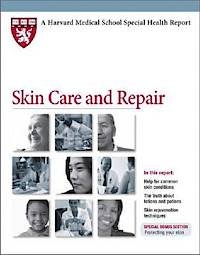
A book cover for Skin Care and Repair (Harvard Medical School Special Health Reports); Health, Fitness & Dieting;